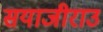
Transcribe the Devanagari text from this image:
सयाजीराउ